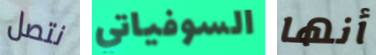
نتصل السوفياتي أنها